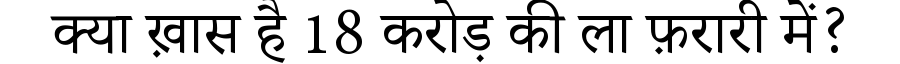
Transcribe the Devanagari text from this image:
क्या ख़ास है 18 करोड़ की ला फ़रारी में?